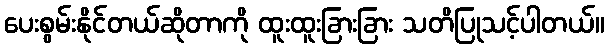
ပေးစွမ်းနိုင်တယ်ဆိုတာကို ထူးထူးခြားခြား သတိပြုသင့်ပါတယ်။